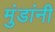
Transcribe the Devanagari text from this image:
मुंडांनी